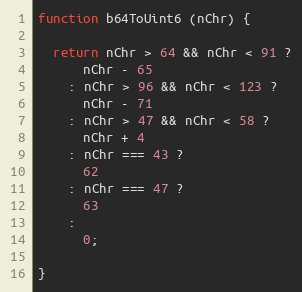
Language: JavaScript
function b64ToUint6 (nChr) {

  return nChr > 64 && nChr < 91 ?
      nChr - 65
    : nChr > 96 && nChr < 123 ?
      nChr - 71
    : nChr > 47 && nChr < 58 ?
      nChr + 4
    : nChr === 43 ?
      62
    : nChr === 47 ?
      63
    :
      0;

}